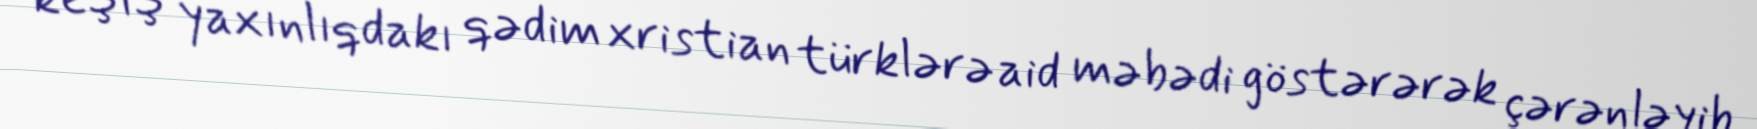
keşiş yaxınlıqdakı qədim xristian türklərə aid məbədi göstərərək çərənləyib.